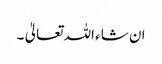
ان شاء اللہ تعالیٰ ۔